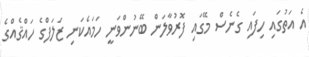
އެ އަތުގައި ހިފައި ގެނެސް މޭގައި ފޮރުވާލަން ބޭނުންވަނީ ހަމައެކަނި ޒަލަފްގެ ހައްޤެއްގެ